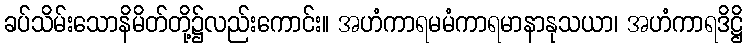
ခပ်သိမ်းသောနိမိတ်တို့၌လည်းကောင်း။ အဟံကာရမမံကာရမာနာနုသယာ၊ အဟံကာရဒိဋ္ဌိ